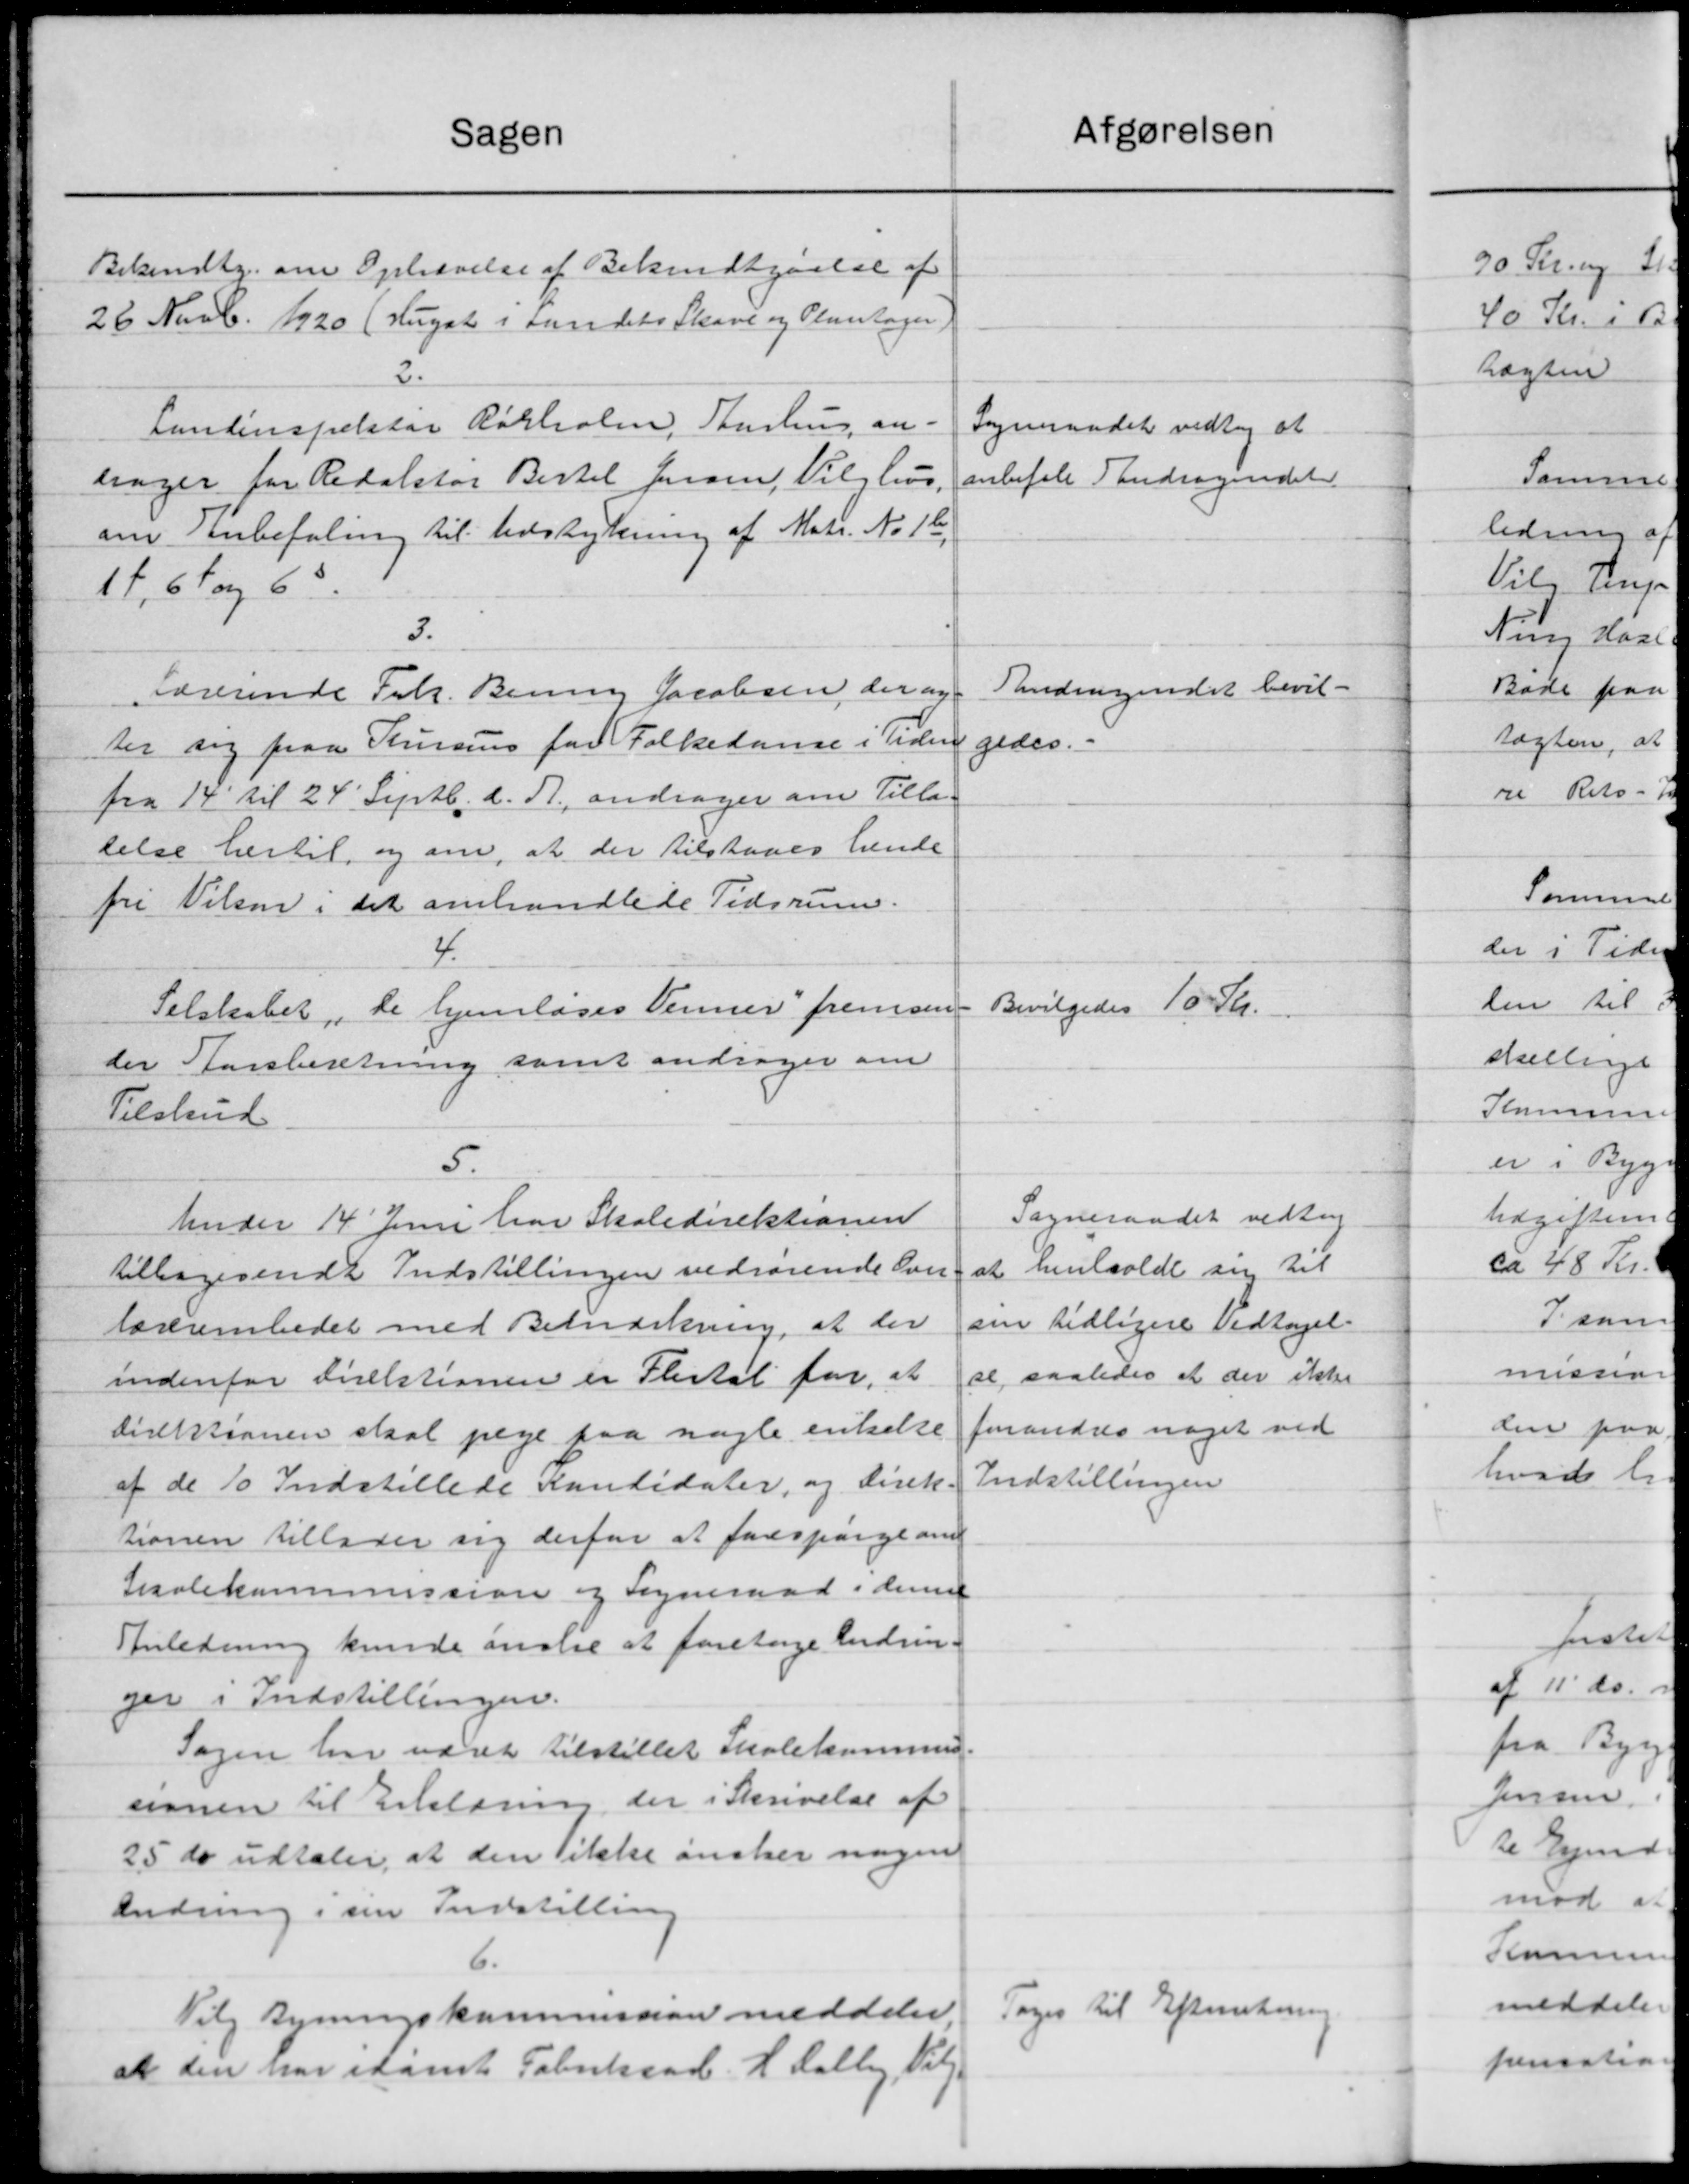
Transskription:
Sagen
Bekendtg. om Opkrævelse af Bekendtgørelse af
26 Novb. 1920 (Hugat i Landets Skave og Plantager
2.
Landinspektør Rørholm, Aarhus an-
sager for Redaktør Bertel Jensen, Vilghus.
om Anbefaling til Udstykning af Matr. No. 16.
14, 67 og 63
3.
Lærerinde Frk. Bening Jacobsen, der ny-
ter sig paa Kursus for Folkedanse i tiden
fra 14 til 24' Septb. d. A., andrager om Tilla-
telse hertil, og om, at der tilstaaes hende
fri Nilsen i det omhandlede Tidsrum.
4.
Selskabet De hjemlages Venner fremsen-
der Forsberetning samt andrager om
Tilskud
5.
Under 14 Juni har Skoledirektionen
tilbagesendt Indstillingen vedrørende over
lærerembedet med Bemærkning, at der
indenfor direktionen er Flertal for, at
direktionen skal pege paa nogle enkelse
af de 10 Indstillede Kondidater, og direk-
tionen tillader sig derfor at forespørge om
Sisolekommission og Sogneraad i denne
Anledning kunde anslie at foretage Endvin-
ger i Indstillingen.
Sagen har været tilstillet Skolekommis-
sionen til Erklæring, der i Skrivelse af
25 ds udtaler at den ikke ønsker nogen
Ændning i sin Indstilling
6.
Vilg Bygningskommission meddeler
at den har i samt Fabritraad. H. Dalby Valg